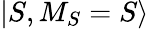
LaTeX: |S,M_{S}=S\rangle